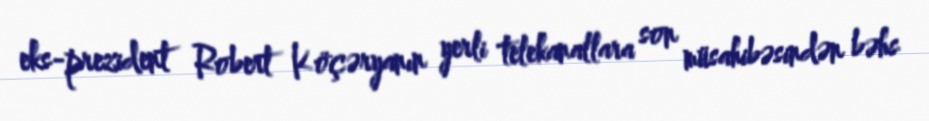
eks-prezident Robert Köçəryanın yerli telekanallara son müsahibəsindən bəhs